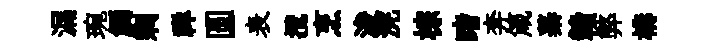
漏琬觸剩禅圆表攬烹浚浣棕睹奔箴蓁贛弊構